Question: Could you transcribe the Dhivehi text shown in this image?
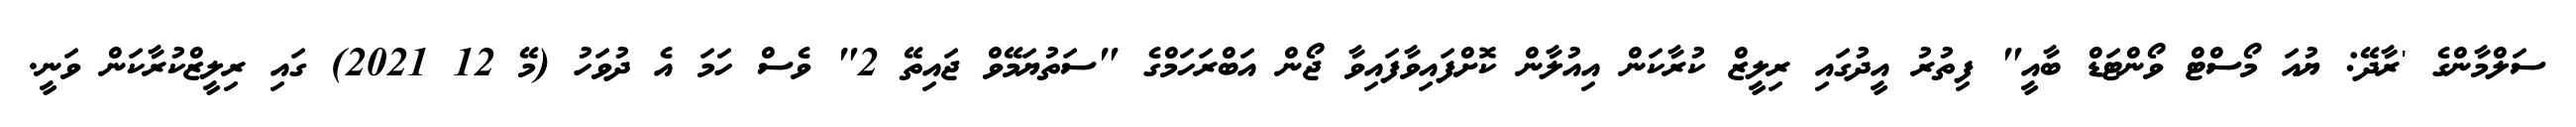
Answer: ސަލްމާންގެ 'ރާދޭ: ޔުއަ މޯސްޓް ވޯންޓަޑް ބާއީ" ފިތުރު އީދުގައި ރިލީޒް ކުރާކަން އިއުލާން ކޮށްފައިވާފައިވާ ޖޯން އަބްރަހަމްގެ "ސަތުޔަމޭވް ޖައިތޭ 2" ވެސް ހަމަ އެ ދުވަހު (މޭ 12 2021) ގައި ރިލީޒްކުރާކަން ވަނީ.